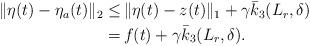
LaTeX: \begin{align*}\begin{aligned}\|\eta(t)-\eta_a(t)\|_2 \le &\, \|\eta(t)-z(t)\|_1 +\gamma \bar{k}_3(L_r,\delta) \\= &\, f(t) +\gamma \bar{k}_3(L_r,\delta).\end{aligned}\end{align*}